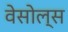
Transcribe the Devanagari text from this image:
वेसोल्स